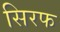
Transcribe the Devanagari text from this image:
सिरफ